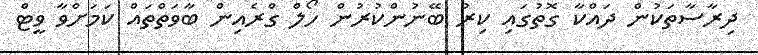
ދިރާސާތަކުން ދައްކާ ގޮތުގައި ކިރު ބޭނުންކުރުން ހޯލް ގްރެއިން ބާވަތްތައް ކަމަށްވާ ވީޓް